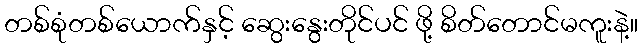
တစ်စုံတစ်ယောက်နှင့် ဆွေးနွေးတိုင်ပင် ဖို့ စိတ်တောင်မကူးနဲ့။